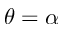
\theta = \alpha